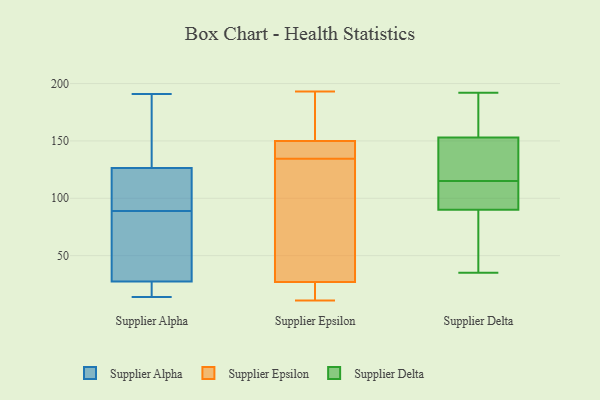
{"axis": {"x": "Budget (USD K)", "y": "Value"}, "legend": ["Supplier Alpha", "Supplier Delta", "Supplier Epsilon"], "data": [{"x": "", "y": 14, "type": "Supplier Alpha"}, {"x": "", "y": 168, "type": "Supplier Alpha"}, {"x": "", "y": 169, "type": "Supplier Alpha"}, {"x": "", "y": 25, "type": "Supplier Alpha"}, {"x": "", "y": 131, "type": "Supplier Alpha"}, {"x": "", "y": 32, "type": "Supplier Alpha"}, {"x": "", "y": 111, "type": "Supplier Alpha"}, {"x": "", "y": 95, "type": "Supplier Alpha"}, {"x": "", "y": 76, "type": "Supplier Alpha"}, {"x": "", "y": 122, "type": "Supplier Alpha"}, {"x": "", "y": 28, "type": "Supplier Alpha"}, {"x": "", "y": 191, "type": "Supplier Alpha"}, {"x": "", "y": 89, "type": "Supplier Alpha"}, {"x": "", "y": 21, "type": "Supplier Alpha"}, {"x": "", "y": 125, "type": "Supplier Alpha"}, {"x": "", "y": 26, "type": "Supplier Alpha"}, {"x": "", "y": 48, "type": "Supplier Alpha"}, {"x": "", "y": 96, "type": "Supplier Epsilon"}, {"x": "", "y": 150, "type": "Supplier Epsilon"}, {"x": "", "y": 135, "type": "Supplier Epsilon"}, {"x": "", "y": 193, "type": "Supplier Epsilon"}, {"x": "", "y": 145, "type": "Supplier Epsilon"}, {"x": "", "y": 55, "type": "Supplier Epsilon"}, {"x": "", "y": 190, "type": "Supplier Epsilon"}, {"x": "", "y": 12, "type": "Supplier Epsilon"}, {"x": "", "y": 27, "type": "Supplier Epsilon"}, {"x": "", "y": 11, "type": "Supplier Epsilon"}, {"x": "", "y": 134, "type": "Supplier Epsilon"}, {"x": "", "y": 18, "type": "Supplier Epsilon"}, {"x": "", "y": 104, "type": "Supplier Epsilon"}, {"x": "", "y": 170, "type": "Supplier Epsilon"}, {"x": "", "y": 138, "type": "Supplier Epsilon"}, {"x": "", "y": 135, "type": "Supplier Epsilon"}, {"x": "", "y": 191, "type": "Supplier Epsilon"}, {"x": "", "y": 25, "type": "Supplier Epsilon"}, {"x": "", "y": 90, "type": "Supplier Delta"}, {"x": "", "y": 192, "type": "Supplier Delta"}, {"x": "", "y": 149, "type": "Supplier Delta"}, {"x": "", "y": 77, "type": "Supplier Delta"}, {"x": "", "y": 35, "type": "Supplier Delta"}, {"x": "", "y": 92, "type": "Supplier Delta"}, {"x": "", "y": 153, "type": "Supplier Delta"}, {"x": "", "y": 61, "type": "Supplier Delta"}, {"x": "", "y": 108, "type": "Supplier Delta"}, {"x": "", "y": 93, "type": "Supplier Delta"}, {"x": "", "y": 182, "type": "Supplier Delta"}, {"x": "", "y": 122, "type": "Supplier Delta"}, {"x": "", "y": 145, "type": "Supplier Delta"}, {"x": "", "y": 190, "type": "Supplier Delta"}, {"x": "", "y": 97, "type": "Supplier Delta"}, {"x": "", "y": 55, "type": "Supplier Delta"}, {"x": "", "y": 183, "type": "Supplier Delta"}, {"x": "", "y": 142, "type": "Supplier Delta"}]}